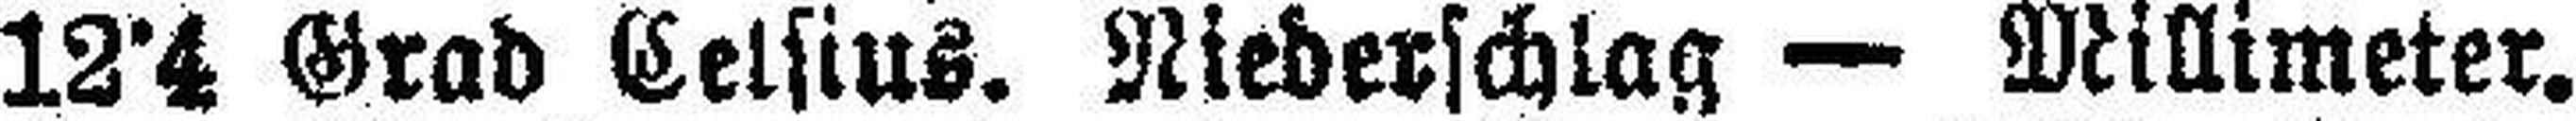
12°4 Grad Celsius. Niederschlag — Millimeter.